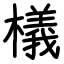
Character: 檥